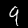
Digit: 9